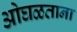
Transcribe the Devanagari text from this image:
ओघळताना